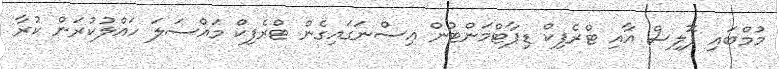
މުމްބައި ޕޮލިސް އާއި ޓްރެފިކް ޑިޕާޓްމަންޓުން އިސްނަގައިގެން ޓްރެފިކް މައްސަލަ ހައްލުކުރަން ކުރާ